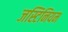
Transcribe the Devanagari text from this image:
जस्टिनियम